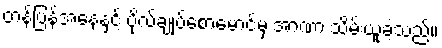
တန်ပြန်အနေနှင့် ဗိုလ်ချုပ်စောမောင်မှ အာဏာ သိမ်းယူခဲ့သည်။